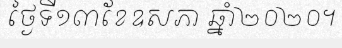
ថ្ងៃទី១៣ខែឧសភា ឆ្នាំ២០២០។